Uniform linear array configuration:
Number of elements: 48
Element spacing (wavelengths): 0.25
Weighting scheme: blackman
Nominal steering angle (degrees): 0
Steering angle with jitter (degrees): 0.2773
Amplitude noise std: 0.05
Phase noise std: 0.05

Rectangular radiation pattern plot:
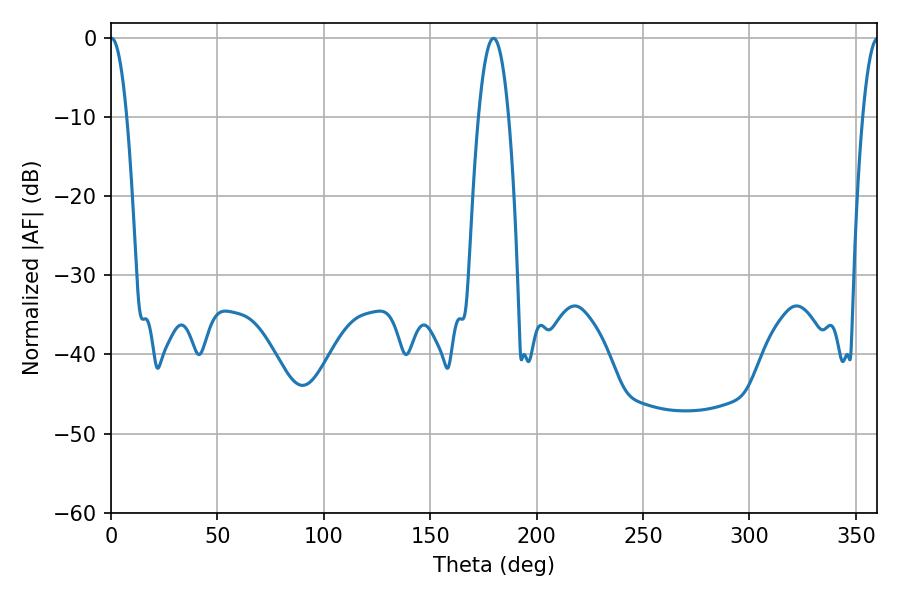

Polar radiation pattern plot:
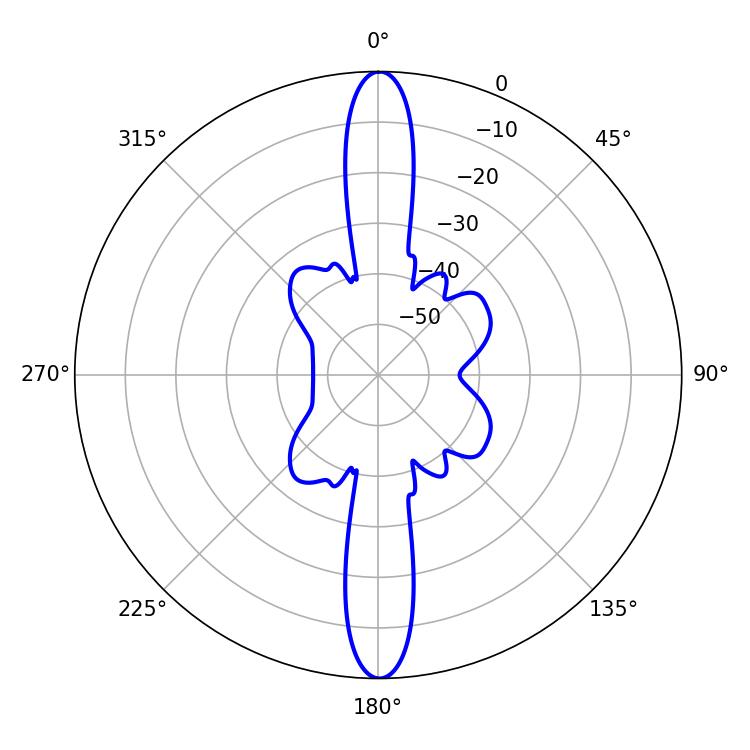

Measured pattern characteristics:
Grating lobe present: FALSE
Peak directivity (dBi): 31.087
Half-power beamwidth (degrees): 4.14
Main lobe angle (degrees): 0.18